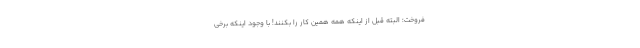
فروخت؛ البته قبل از اینکه همه همین کار را بکنند! با وجود اینکه برخی